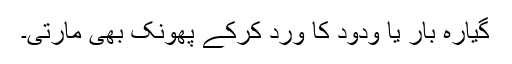
گیارہ بار یا ودود کا ورد کرکے پھونک بھی مارتی۔